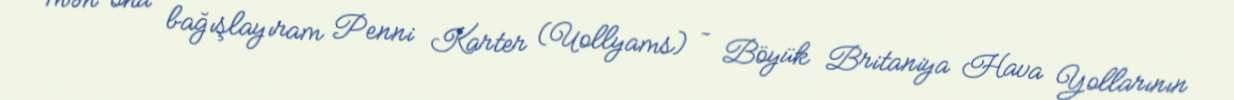
mən onu bağışlayıram Penni Karter (Uollyams) – Böyük Britaniya Hava Yollarının